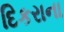
દિકરાના